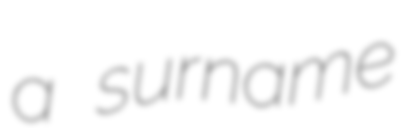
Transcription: a surname